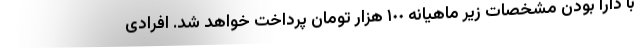
با دارا بودن مشخصات زیر ماهیانه ١٠٠ هزار تومان پرداخت خواهد شد. افرادی